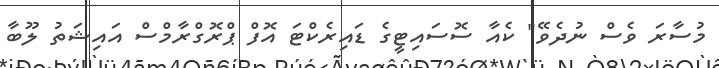
މުސާރަ ވެސް ނުދެވޭ" ކެއާ ސޮސައިޓީގެ ޑައިރެކްޓަ އޮފް ޕްރޮގްރާމްސް އައިޝަތު ލޫބާ